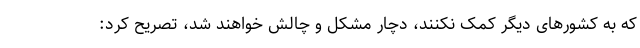
که به کشورهای دیگر کمک نکنند، دچار مشکل و چالش خواهند شد، تصریح کرد: